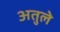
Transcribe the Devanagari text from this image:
अतुले